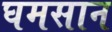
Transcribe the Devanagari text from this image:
घमसान